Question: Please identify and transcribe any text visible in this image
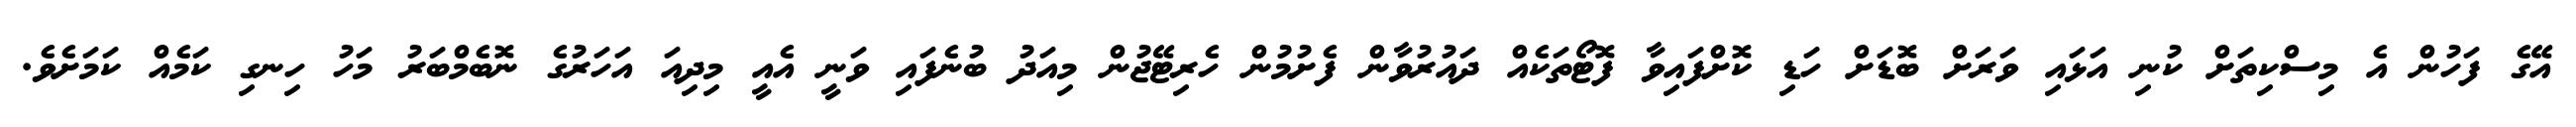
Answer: އޭގެ ފަހުން އެ މިސްކިތަށް ކުނި އަޅައި ވަރަށް ބޮޑަށް ހަޑި ކޮށްފައިވާ ފޮޓޯތަކެއް ދައުރުވާން ފެށުމުން ހެރިޓޭޖުން މިއަދު ބުނެފައި ވަނީ އެއީ މިދިއަ އަހަރުގެ ނޮބެމްބަރު މަހު ހިނގި ކަމެއް ކަމަށެވެ.